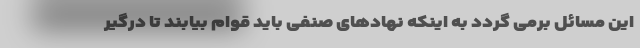
این مسائل برمی گردد به اینکه نهادهای صنفی باید قوام بیابند تا درگیر